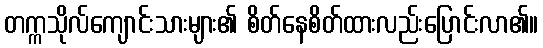
တက္ကသိုလ်ကျောင်းသားများ၏ စိတ်နေစိတ်ထားလည်းပြောင်းလာ၏။